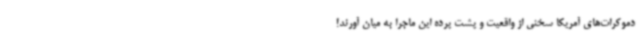
دموکرات‌های آمریکا سخنی از واقعیت و پشت پرده این ماجرا به میان آورند!